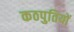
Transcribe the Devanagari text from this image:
कठपुतियों